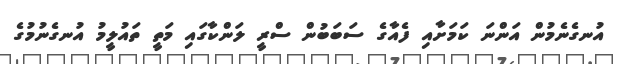
އުނގެނެމުން އަންނަ ކަމަށާއި ފެއާގެ ސަބަބުން ސްރީ ލަންކާގައި މަތީ ތައުލީމު އުނގެނުމުގެ